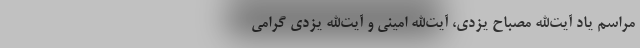
مراسم یاد آیت‌الله مصباح یزدی، آیت‌الله امینی و آیت‌الله یزدی گرامی